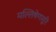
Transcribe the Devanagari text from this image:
मल्लिषेणसूरि